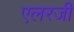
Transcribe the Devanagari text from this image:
एलरजी